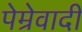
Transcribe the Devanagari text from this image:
पेम्रेवादी